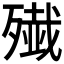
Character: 𫞔